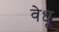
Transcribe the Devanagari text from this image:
वेधू